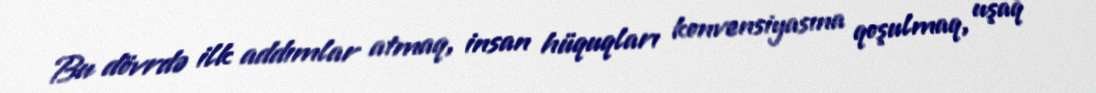
Bu dövrdə ilk addımlar atmaq, insan hüquqları konvensiyasına qoşulmaq, uşaq